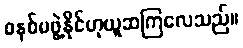
စနစ်မဖွဲ့နိုင်ဟုယူဆကြလေသည်။